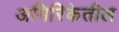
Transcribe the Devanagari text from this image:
अमिरिकेतील